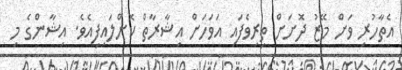
އެތާހުރި ވަށް މޭޒު ދޮށަށް ތިރިވެފައި އަވަހަށް އިޝާރާތް ކޮށްލައިފިއެވެ. އިޝާންގެ މި